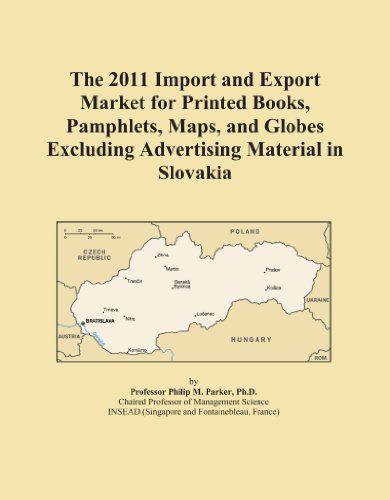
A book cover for The 2011 Import and Export Market for Printed Books, Pamphlets, Maps, and Globes Excluding Advertising Material in Slovakia; Icon Group International; Travel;